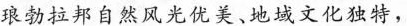
琅勃拉邦自然风光优美、地域文化独特，